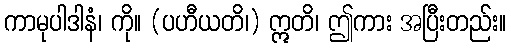
ကာမုပါဒါနံ၊ ကို။ (ပဟီယတိ၊) ဣတိ၊ ဤကား အပြီးတည်း။